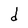
Character: d